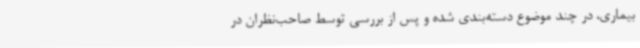
بیماری، در چند موضوع دسته‌بندی شده و پس از بررسی توسط صاحب‌نظران در